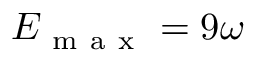
E _ { \mathrm { ~ m ~ a ~ x ~ } } = 9 \omega